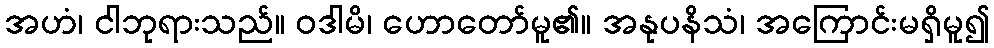
အဟံ၊ ငါဘုရားသည်။ ဝဒါမိ၊ ဟောတော်မူ၏။ အနုပနိသံ၊ အကြောင်းမရှိမူ၍